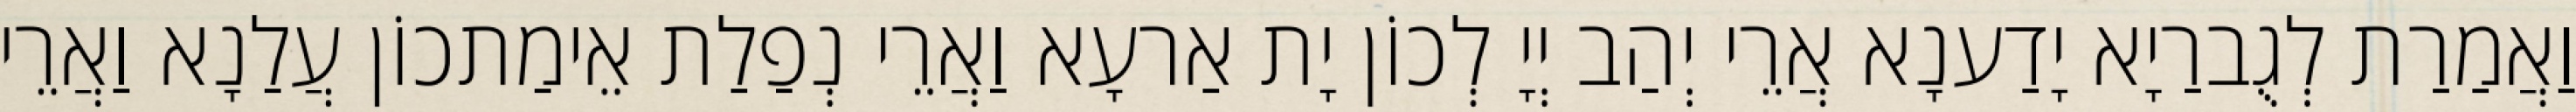
וַאֲמַרַת לְגֻברַיָא יָדַענָא אֲרֵי יְהַב יְיָ לְכוֹן יָת אַרעָא וַאֲרֵי נְפַלַת אֵימַתכוֹן עֲלַנָא וַאֲרֵי